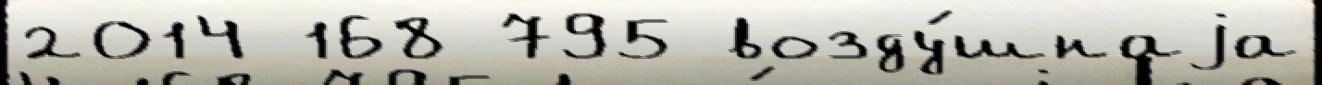
2014 168 795 возду́шнаjа